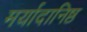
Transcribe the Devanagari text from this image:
मर्यादानिष्ठ